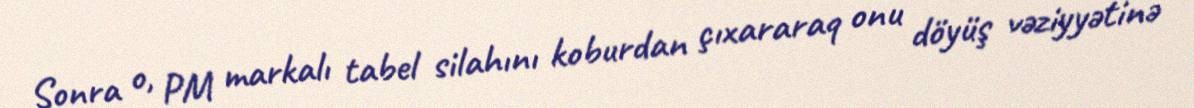
Sonra o, PM markalı tabel silahını koburdan çıxararaq onu döyüş vəziyyətinə